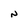
Character: N